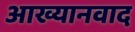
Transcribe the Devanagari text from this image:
आख्यानवाद